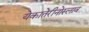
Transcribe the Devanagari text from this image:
येकातेरीनोस्लाव